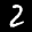
Label: 2